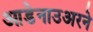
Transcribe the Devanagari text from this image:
आडेनाउअरने